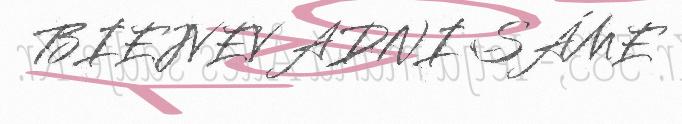
BIEJVEV ADNI SÁME